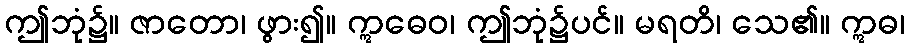
ဤဘုံ၌။ ဇာတော၊ ဖွား၍။ ဣဓေဝ၊ ဤဘုံ၌ပင်။ မရတိ၊ သေ၏။ ဣဓ၊